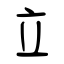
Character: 立